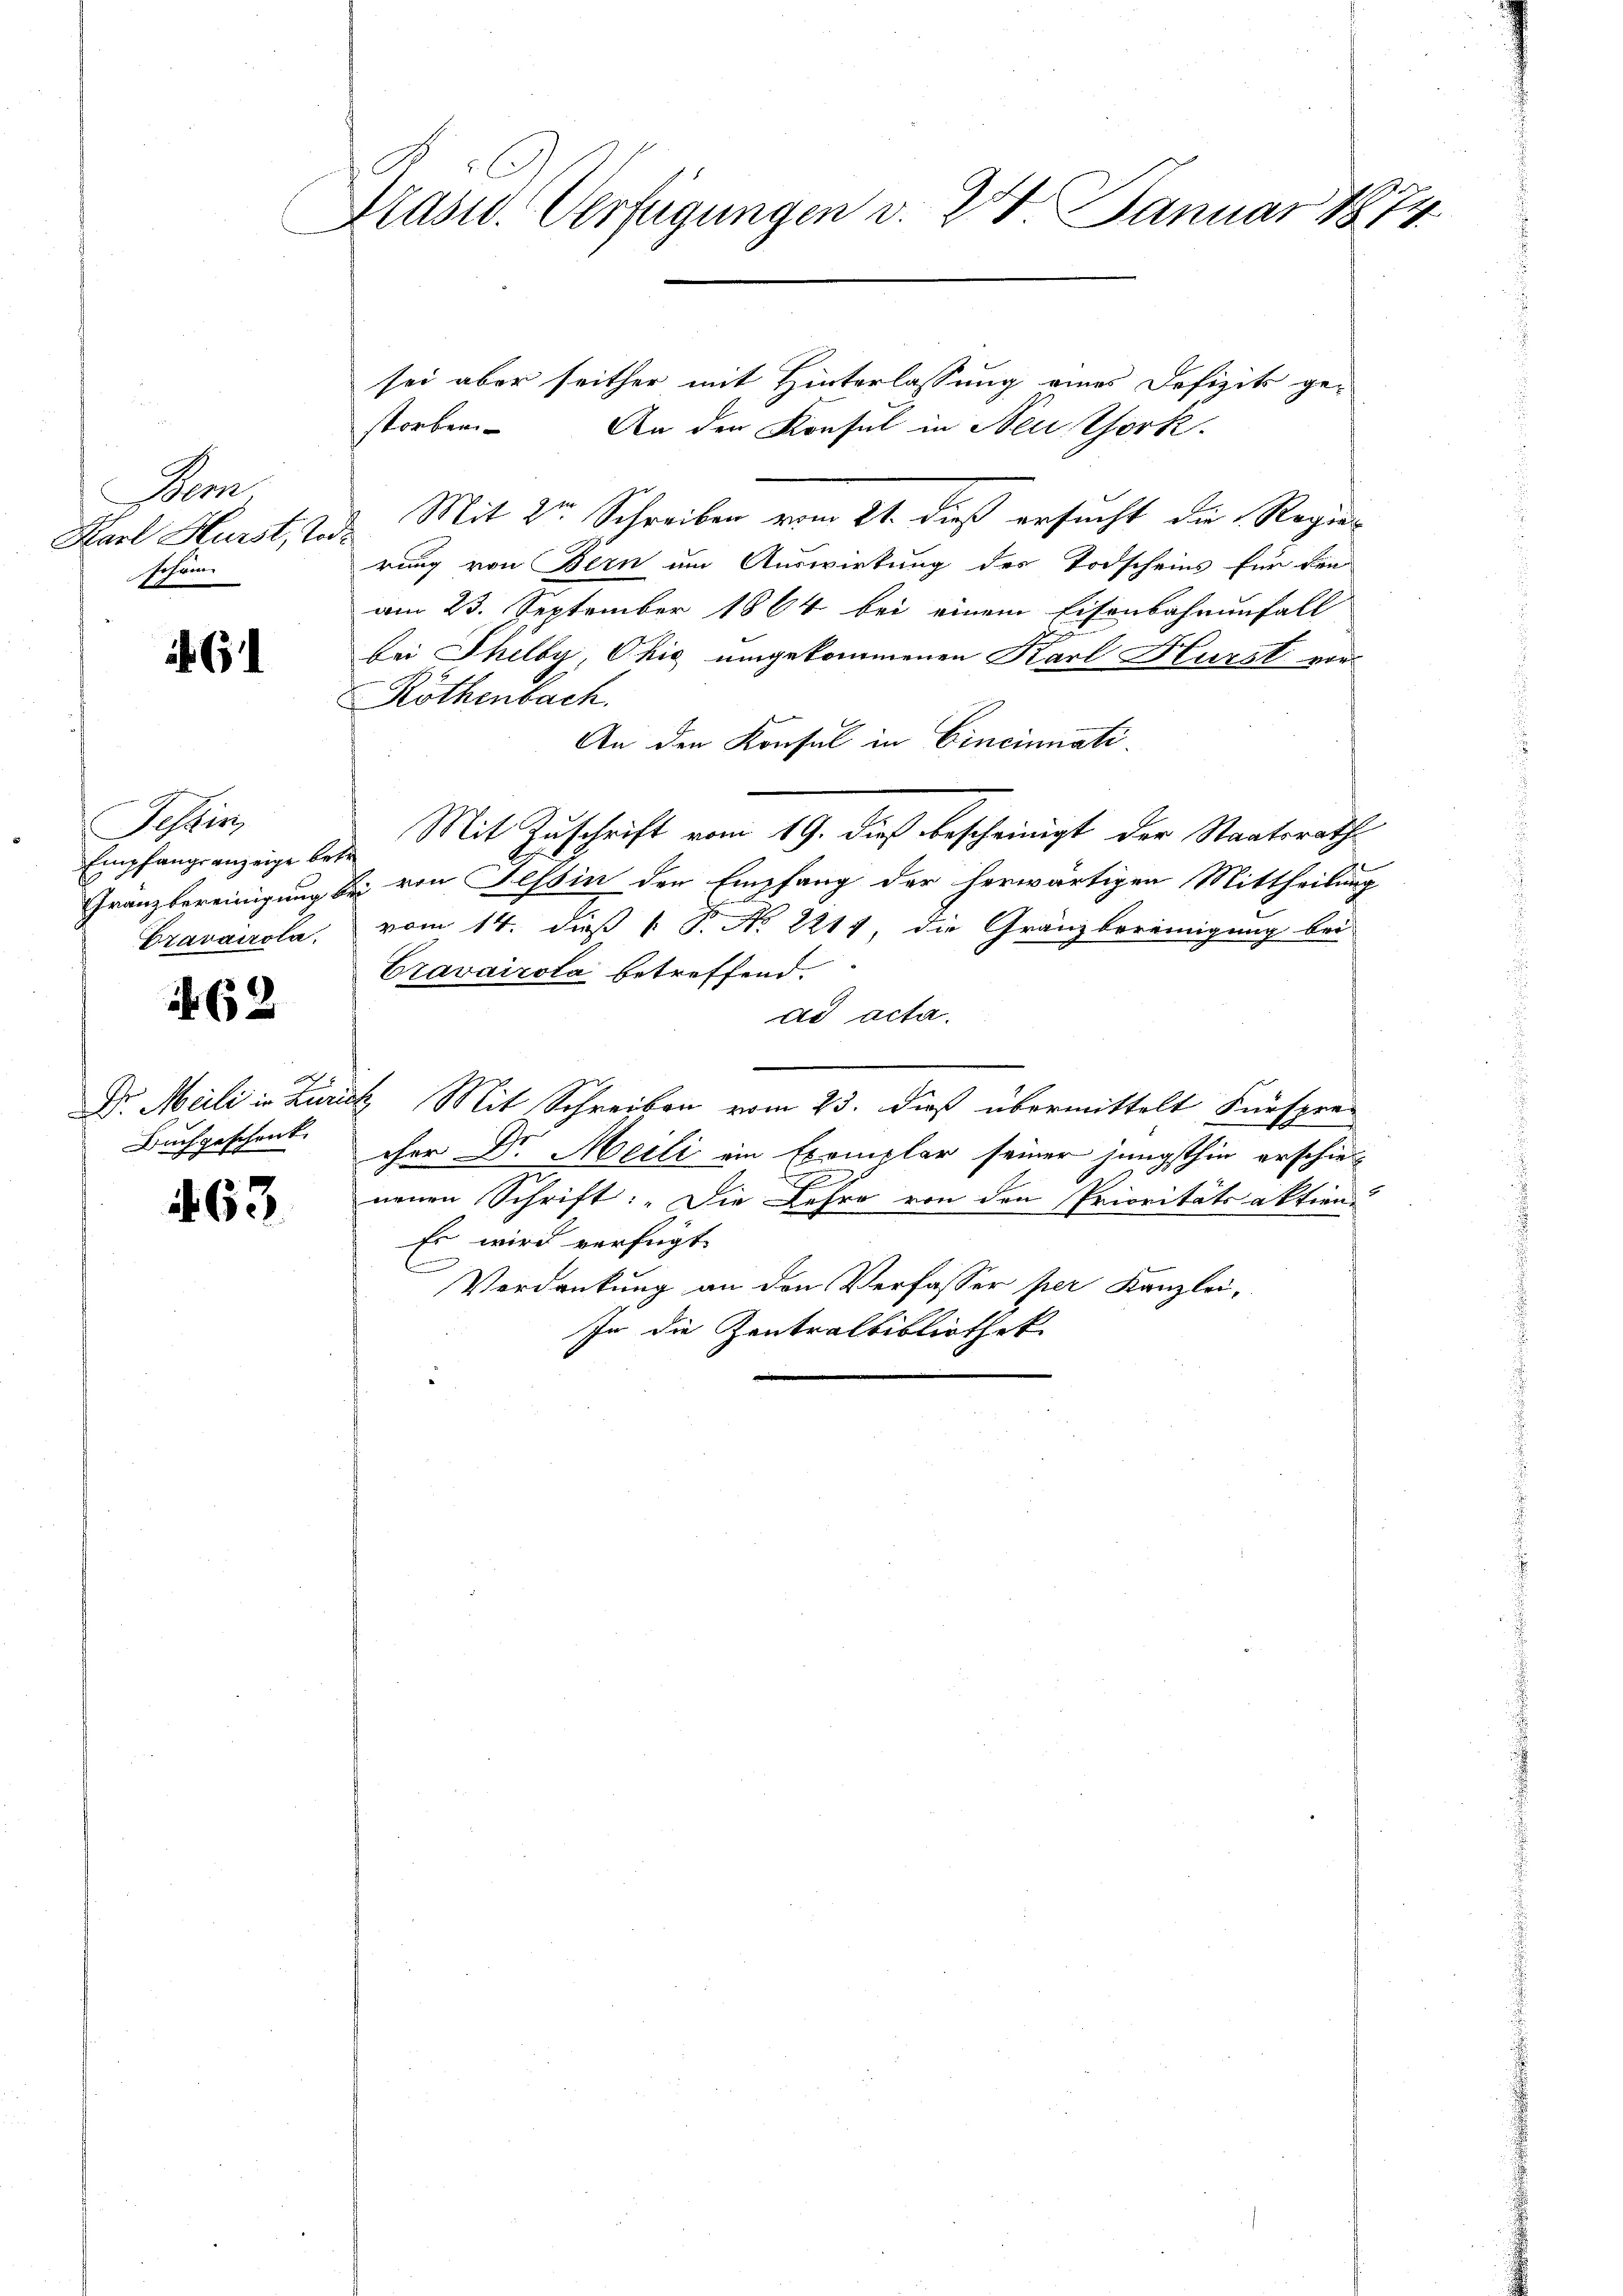
Am
Karl Hürst, Jo¬
Hofaren

61

Tessin,
Empfangsanzeige betr
Dravvicola

62

Buchgeschenk- |

463.

Prasw. Verfügungen v. 24. Januar 1874

sei aber seither mit Hinterlassung eines Defizits ge-
storben. An den Konsul in Neu Chork
& Mit 20 Schreiben vom 21. dieß ersucht die Regier
rung von Bern um Auswirkung des Todscheins für den
am 23. September 1864 bei einem Eisenbahrenfall
bei Thelby, Ohio umgekommenen Karl Hlurst vor-
Röthenbach.
An den Konsul in Cincinati¬
Mit Zuschrift vom 19. dieß bescheinigt der Staatsrath
Granzbereinigung bei von Tessin den Empfang der herwärtigen Mittheilung
vom 14. daß P. P. No 2211, die Gränzbereinigung bei
Cravairola betreffend.
dd acta.
Dr. Meili in Zurick, Mit Schreiben vom 23. dieß übermittelt Fürsprecher Dr. Meili ein Exemplar seiner jüngsthin erschieb
9
neuen Schrift: „Die Lehre von den Prioritätsaktion
Es wird verfügt
E
Verdankung an den Verfasser per Kanzlei-
In die Zentralbibliothek